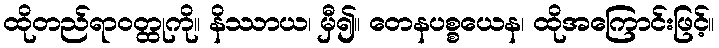
ထိုတည်ရာဝတ္ထုကို။ နိဿာယ၊ မှီ၍။ တေနပစ္စယေန၊ ထိုအကြောင်းဖြင့်။